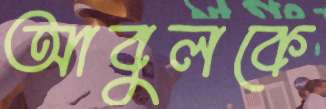
আবুলকে